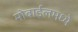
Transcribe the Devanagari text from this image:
मोबाईलमध्ये